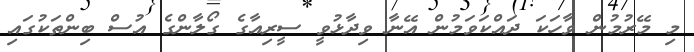
މި މޭރުމުން ވާހަކަ ދައްކަވަމުން އޭނާ ވިދާޅުވީ ސީރިއާގެ ގޯލާންގެ އުސް ބިންތަކުގައި